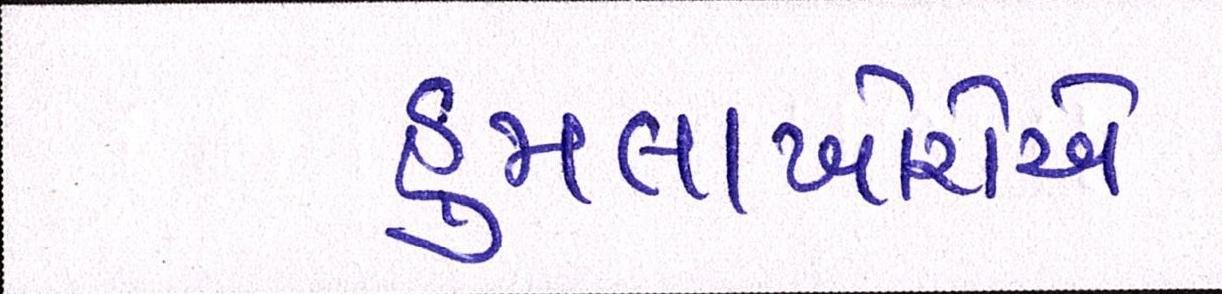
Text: હુમલાખોરોએ